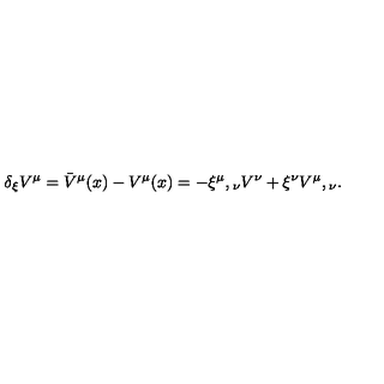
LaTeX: \delta _ { \xi } V ^ { \mu } = { \bar { V } } ^ { \mu } ( x ) - V ^ { \mu } ( x ) = - { \xi ^ { \mu } } , { } _ { \nu } V ^ { \nu } + \xi ^ { \nu } { V ^ { \mu } } , { } _ { \nu } .